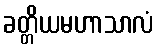
ခတ္တိယမဟာသာလံ